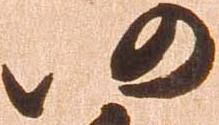
仍